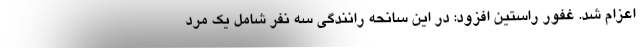
اعزام شد. غفور راستین افزود: در این سانحه رانندگی سه نفر شامل یک مرد